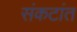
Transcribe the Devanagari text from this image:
संकटांत